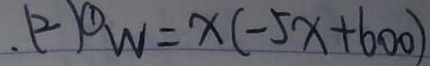
. ( 2 ) \textcircled { 1 } W = x ( - 5 x + 6 0 0 )